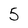
Character: 5